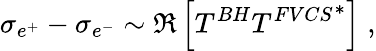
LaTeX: \sigma_{e^{+}}-\sigma_{e^{-}}\sim\Re\left[T^{BH}{T^{FVCS}}^{*}\right]\; ,